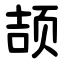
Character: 颉